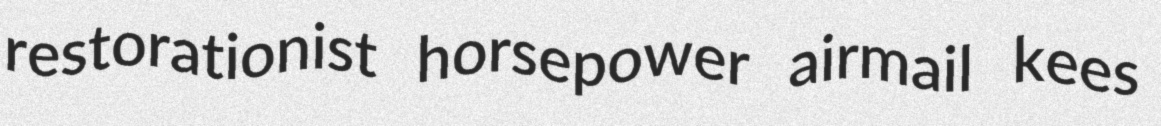
restorationist horsepower airmail kees